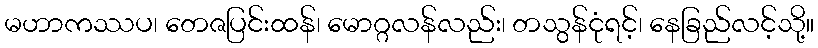
မဟာကဿပ၊ တေဇပြင်းထန်၊ မောဂ္ဂလန်လည်း၊ တသွန်ငုံရင့်၊ နေခြည်လင့်သို့။